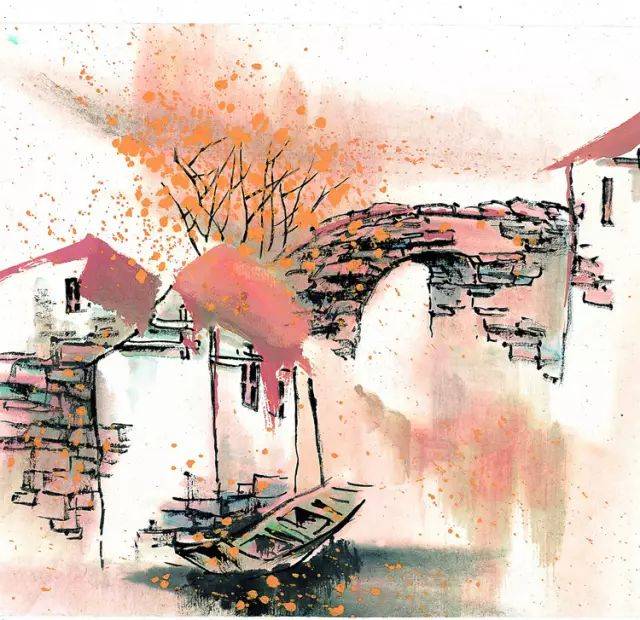
故人远，问谁摇玉佩，檐底铃声。